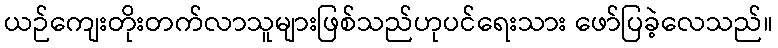
ယဉ်ကျေးတိုးတက်လာသူများဖြစ်သည်ဟုပင်ရေးသား ဖော်ပြခဲ့လေသည်။